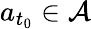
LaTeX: a_{t_{0}}\in\mathcal{A}